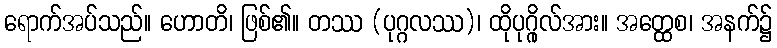
ရောက်အပ်သည်။ ဟောတိ၊ ဖြစ်၏။ တဿ (ပုဂ္ဂလဿ)၊ ထိုပုဂ္ဂိုလ်အား။ အတ္ထေစ၊ အနက်၌